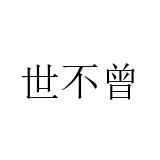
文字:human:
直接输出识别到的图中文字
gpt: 世不曾